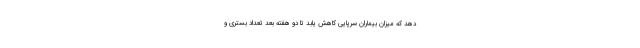
دهد که میزان بیماران سرپایی کاهش یابد تا دو هفته بعد تعداد بستری و